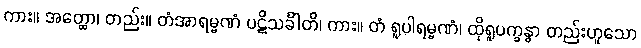
ကား။ အတ္ထော၊ တည်း။ တံအာရမ္မဏံ ပဋိသင်္ခါတိ၊ ကား။ တံ ရူပါရမ္မဏံ၊ ထိုရူပက္ခန္ဓာ တည်းဟူသော